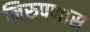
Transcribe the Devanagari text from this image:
निरुपणास